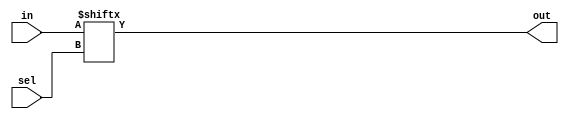
module top_module (
        input wire [255:0] in,
        input wire [7:0] sel,
        output wire out
    );
        // Multiplexer logic: out is in[sel]
        assign out = in[sel];
    endmodule